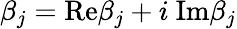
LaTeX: \beta_{j}=\mathrm{Re}\beta_{j}+i\ \mathrm{Im}\beta_{j}